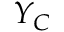
Y _ { C }